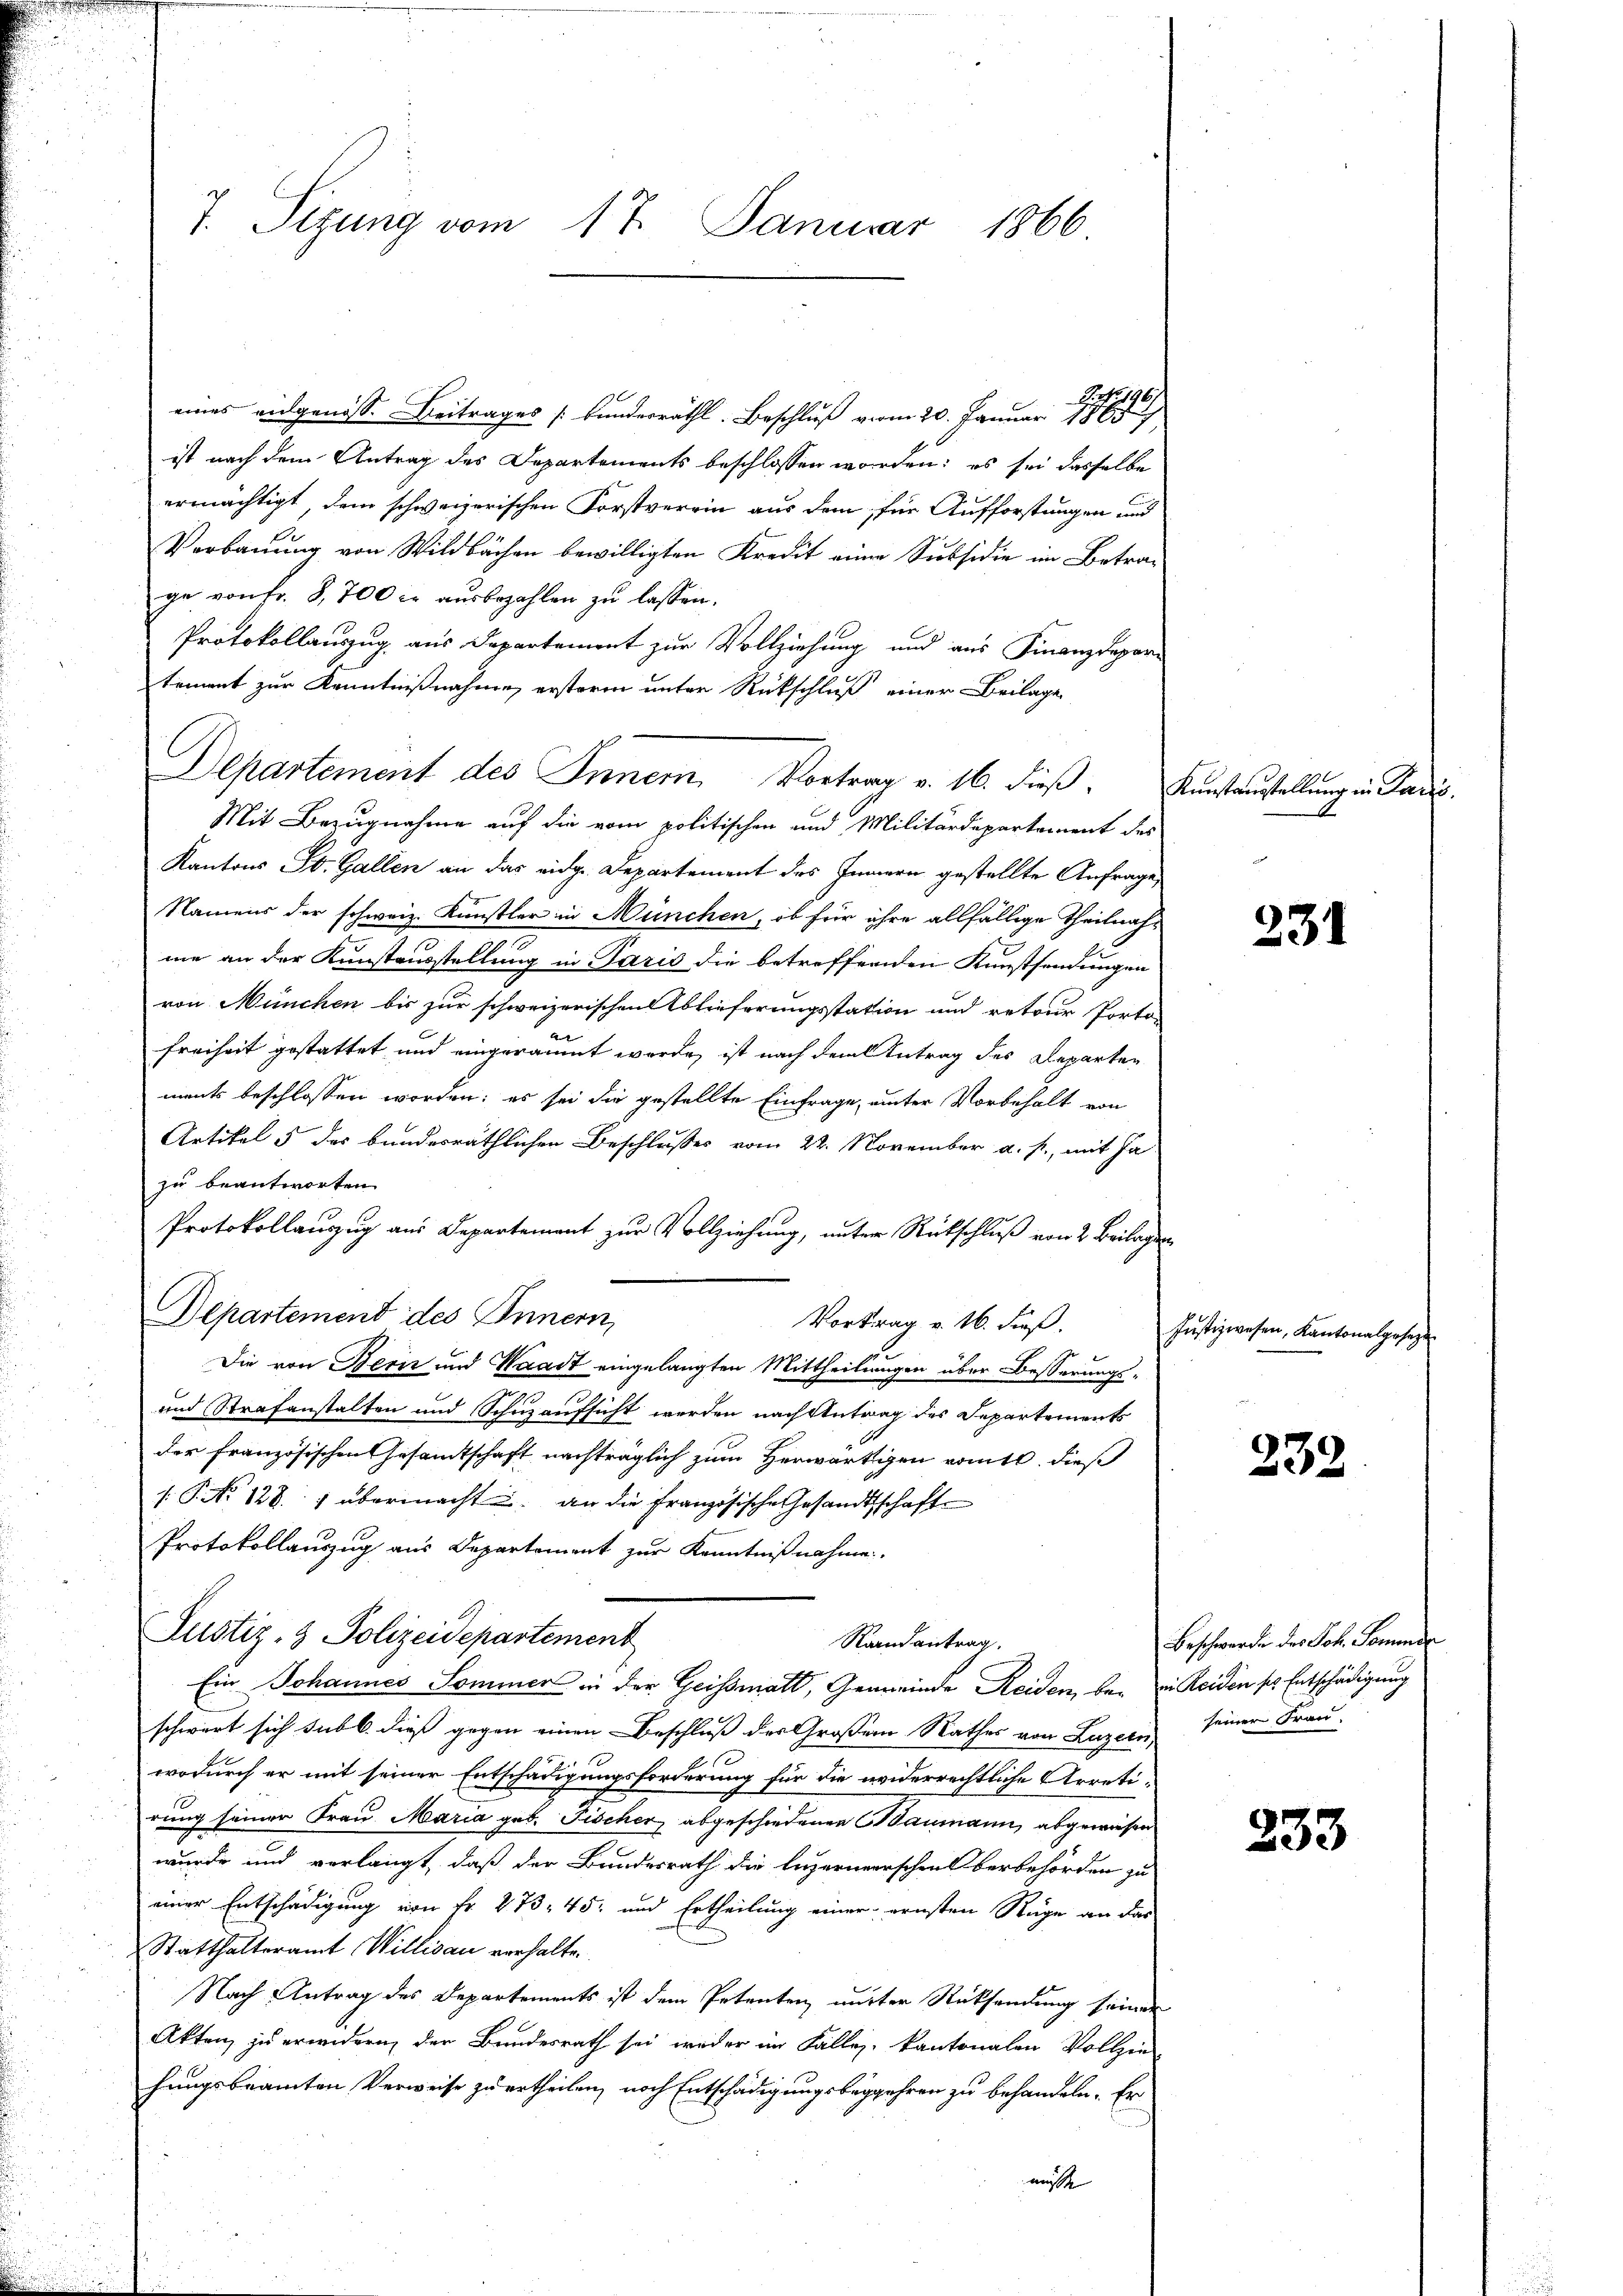
7. Sizung vom 17. Januar 1866

eines geschluß vom 20. Januar
ist nach dem Antrag des Departements beschlossen worden; es sei dasselbe
ermächtigt, dem schweizerischen Forstverrin aus dem für Aufforstungen und
Verbauung von Wildbachen bewilligten Kredit eine Subsidie im Betrage von fr. 8,700 c. ausbezahlen zu lassen.
Protokollauszug aus Departement zur Vollziehung und aus Finanzdepar
tement zur Kenntnißnahme ersteren unter Rückschluß einer Beilage
Mit Bezugnahme auf die vom politischen und Militärdepartement des
Kantons St. Gallen an das eidg. Departement des Innern gestellte Anfrage,
Namens der schweiz. Künstler in München, ob für ihre allfällige Theilnahme an der Kunstausstellung in Paris die betreffenden Kunstsendungen
von München bis zur schweizerischen Ablieferungsstation und retour Porto-
Freiheit gestattet und eingeräumt werde, ist nach dem Antrag des Departen
ments beschlossen worden; es sei die gestellte Einfrage, unter Vorbehalt von
Artikel 5 des bundesräthlichen Beschlusses vom 22. November a. f., mit Ja-
zu beantworten
Protokollanzug aus Departement zur Vollziehung, unter Rückschluß von 2. Beilagen
Departement des Innern,
Vortrag v. 16. dieß.
Die von Berić und Waadt eingelangten Mittheilungen über Besserungs-
und Strafanstalten und Schuzaufsicht werden nach Antrag des Departements
der französischen Gesamtschaft nachträglich zum Herwärtigen womite dieß
/: P. No. 128. " übermacht an die französische Gesandtschaft
Protokollauszug aus Departement zur Kenntnißnahme.
Justiz- & Polizeidepartement
Raandantrag.
Ein Johannes Sommer in der Geissmatt, Gemeinde Reiden, be- in Reiden ses Entschädigung
schwert sich sub b. dieß gegen einen Beschluß der Großem Rathes von Luzern seiner Frau
wodurch er mit seiner Entschädigungsforderung für die widerrechtliche Arretirung seiner Frau Maria geb. Fischer abgeschiedenen Baumann abgewiesen
wurde und verlangt, daß der Bundesrath die Luzernerrschen berbehörden zu
einer Entschädigung von Fr. 273. 45. und Ertheilung einer ernsten Rüge an das
Statthalteramt Willisau verhalten.
Nach Antrag des Departements ist dem Petenten unter Rücksendung seinen
Akten, zu erwidern, der Bundesrath sei weder im Falles, kantonalen Vollzie-
hungsbeamten Verweise zu ertheilen, nach Entschädigungsbegehren zu behandeln. Er
nächst

Departement des Inner Vortrag v. 16. dieß.

Kunstausstellung in Par

231

Justizwesen, Kantonalgesezt

232

Beschwerde des Joh. Sommende

233